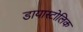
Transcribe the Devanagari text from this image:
डायास्टोलिक